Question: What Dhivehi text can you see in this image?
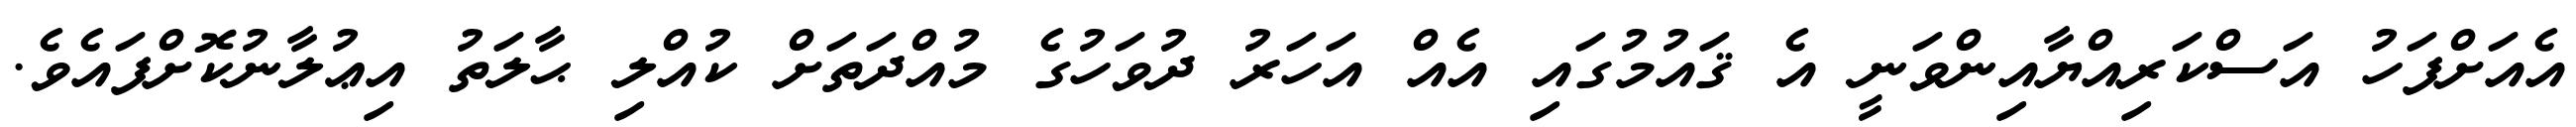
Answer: އެއަށްފަހު އަސްކަރިއްޔާއިންވަނީ އެ ޤައުމުގައި އެއް އަހަރު ދުވަހުގެ މުއްދަތަށް ކުއްލި ޙާލަތު އިޢުލާނުކޮށްފައެވެ.